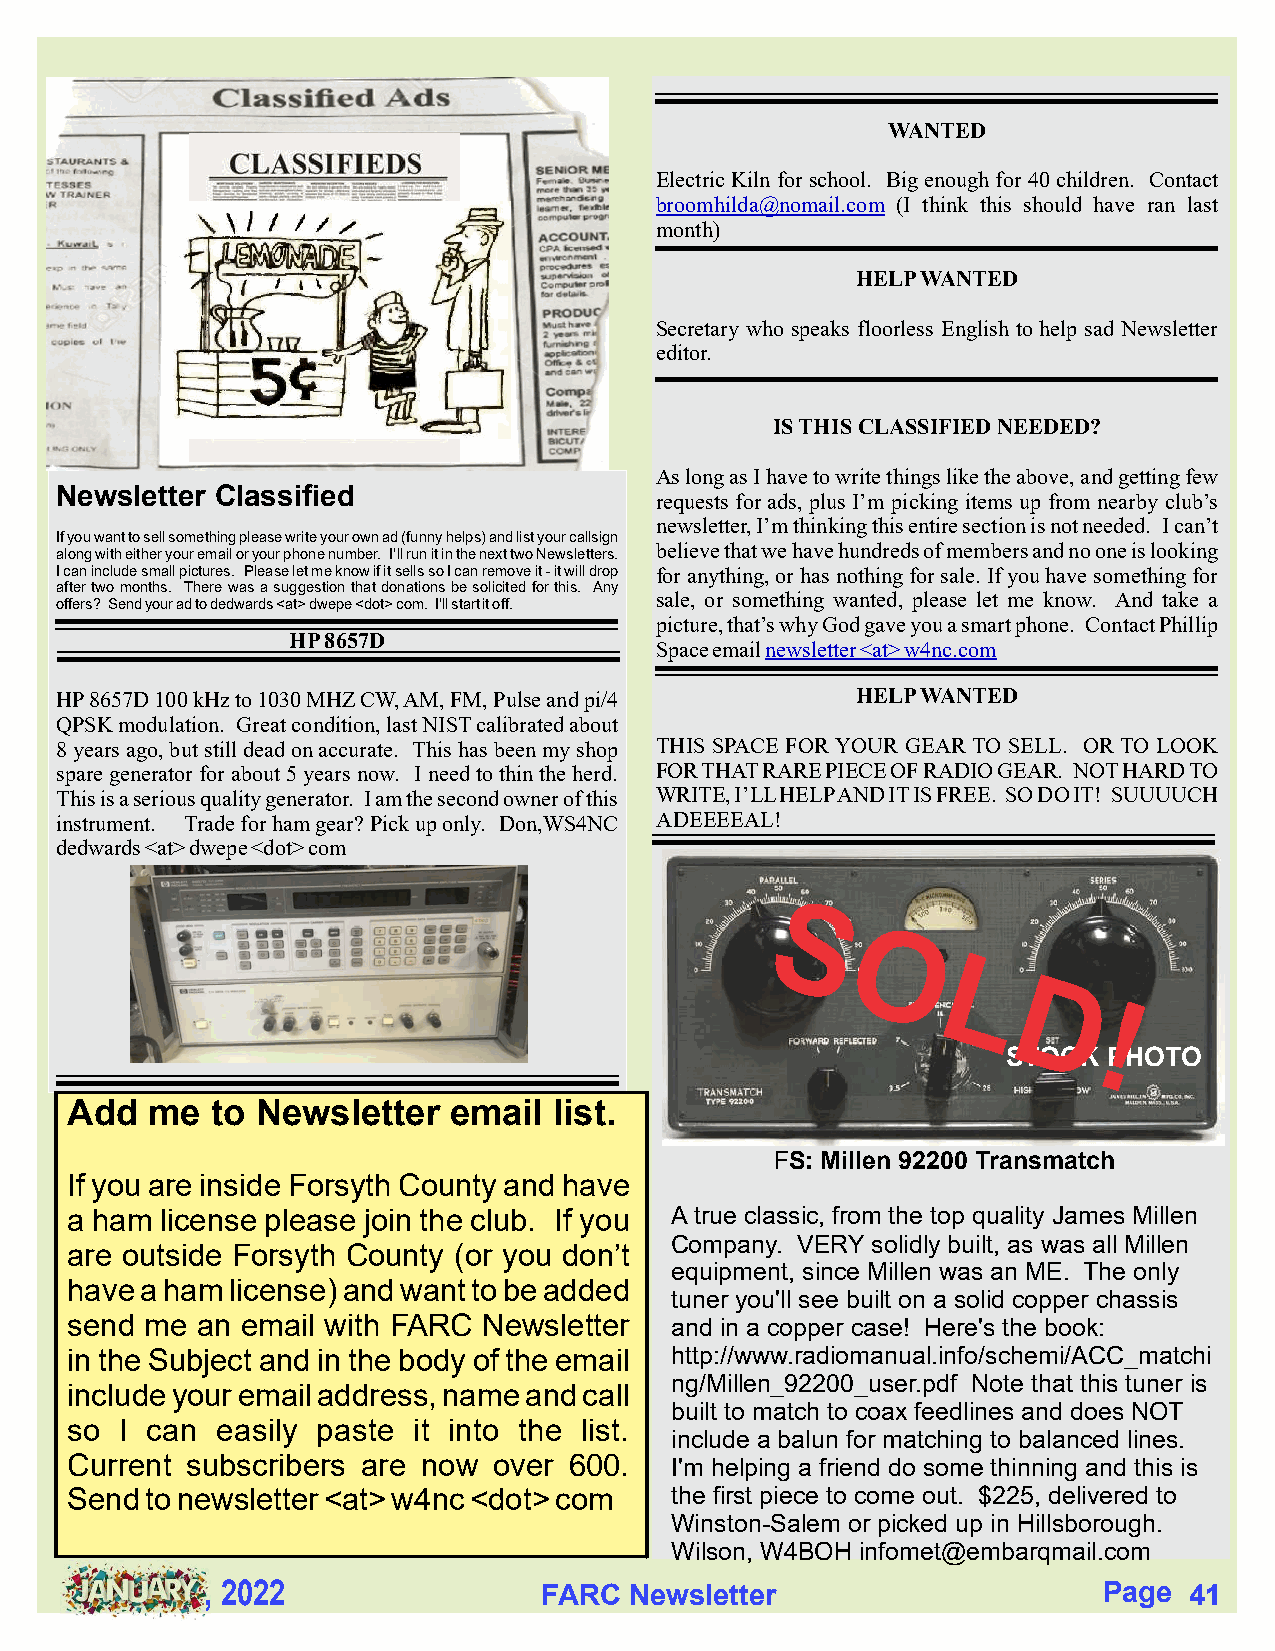
WANTED
 Electric Kiln for school. Big enough for 40 children. Contact
 broomhilda@nomail.com (I think this should have ran last
 month)
 HELP WANTED
 Secretary who speaks floorless English to help sad Newsletter
 editor.
 IS THIS CLASSIFIED NEEDED?
 As long as I have to write things like the above, and getting few
 Newsletter Classified
 requests for ads, plus I’m picking items up from nearby club’s
 newsletter, I’m thinking this entire section is not needed. I can’t
 If you want to sell something please write your own ad (funny helps) and list your callsign
 believe that we have hundreds of members and no one is looking
 along with either your email or your phone number. I’ll run it in the next two Newsletters.
 I can include small pictures. Please let me know if it sells so I can remove it - it will drop for anything, or has nothing for sale. If you have something for
 after two months. There was a suggestion that donations be solicited for this. Any
 sale, or something wanted, please let me know. And take a
 offers? Send your ad to dedwards <at> dwepe <dot> com. I’ll start it off.
 picture, that’s why God gave you a smart phone. Contact Phillip
 HP 8657D
 Space email newsletter <at> w4nc.com
 HP 8657D 100 kHz to 1030 MHZ CW, AM, FM, Pulse and pi/4 HELP WANTED
 QPSK modulation. Great condition, last NIST calibrated about
 8 years ago, but still dead on accurate. This has been my shop THIS SPACE FOR YOUR GEAR TO SELL. OR TO LOOK
 spare generator for about 5 years now. I need to thin the herd. FOR THAT RARE PIECE OF RADIO GEAR. NOT HARD TO
 This is a serious quality generator. I am the second owner of this WRITE, I’LL HELP AND IT IS FREE. SO DO IT! SUUUUCH
 instrument. Trade for ham gear? Pick up only. Don,WS4NC A DEEEEAL!
 dedwards <at> dwepe <dot> com
 STOCK PHOTO
 Add   me  to Newsletter   email  list.
 FS: Millen 92200 Transmatch
 If you are inside Forsyth County and have
 a ham  license please join the club. If you A true classic, from the top quality James Millen
 Company. VERY solidly built, as was all Millen
 are outside Forsyth County (or you don’t
 equipment, since Millen was an ME. The only
 have a ham license) and want to be added
 tuner you'll see built on a solid copper chassis
 send  me an email with FARC Newsletter  and in a copper case! Here's the book:
 in the Subject and in the body of the email http://www.radiomanual.info/schemi/ACC_matchi
 ng/Millen_92200_user.pdf Note that this tuner is
 include your email address, name and call
 built to match to coax feedlines and does NOT
 so  I can easily paste it into the list.
 include a balun for matching to balanced lines.
 Current subscribers are now  over 600.  I'm helping a friend do some thinning and this is
 Send  to newsletter <at> w4nc <dot> com the first piece to come out. $225, delivered to
 Winston-Salem or picked up in Hillsborough.
 Wilson, W4BOH infomet@embarqmail.com
 , 2022                FARC  Newsletter                     Page  41